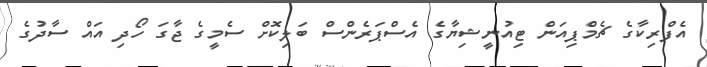
އެފްރިކާގެ ޗެމްޕިއަން ޓިއުނީޝިޔާގެ އެސްޕަރެންސް ބަލިކޮށް ސެމީގެ ޖާގަ ހޯދި އައް ސާދުގެ